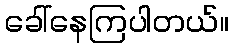
ခေါ်နေကြပါတယ်။